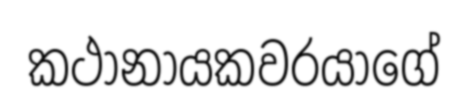
කථානායකවරයාගේ